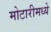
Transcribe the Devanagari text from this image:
मोटारीमध्ये